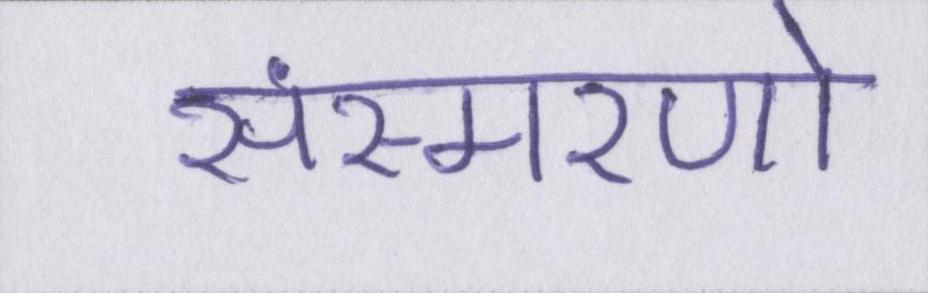
संस्मरणो